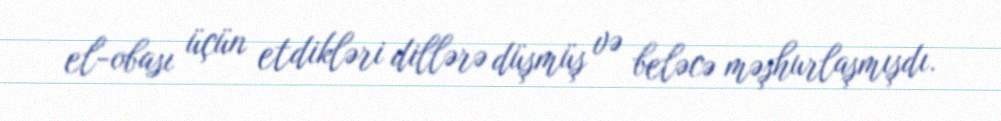
el-obası üçün etdikləri dillərə düşmüş və beləcə məşhurlaşmışdı.